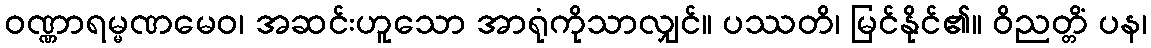
ဝဏ္ဏာရမ္မဏမေဝ၊ အဆင်းဟူသော အာရုံကိုသာလျှင်။ ပဿတိ၊ မြင်နိုင်၏။ ဝိညတ္တိံ ပန၊